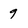
Character: 9